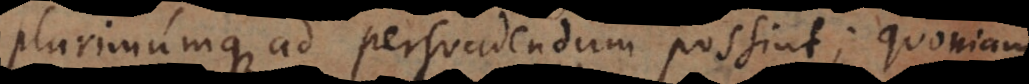
plurimumque ad persuadendum possint; quoniam